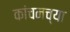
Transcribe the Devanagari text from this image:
कांचनच्या